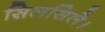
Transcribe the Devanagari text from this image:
सिलसिले।